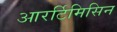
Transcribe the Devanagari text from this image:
आरर्टिमिसिन